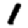
Digit: 1